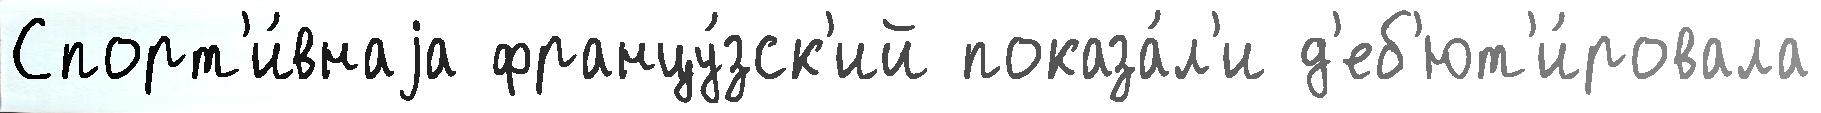
Спорт'и́внаjа францу́зск'ий показа́л'и д'еб'ют'и́ровала